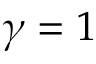
\gamma = 1